Report on the lunatic asylums in Bengal - 1862-
Year: 1862
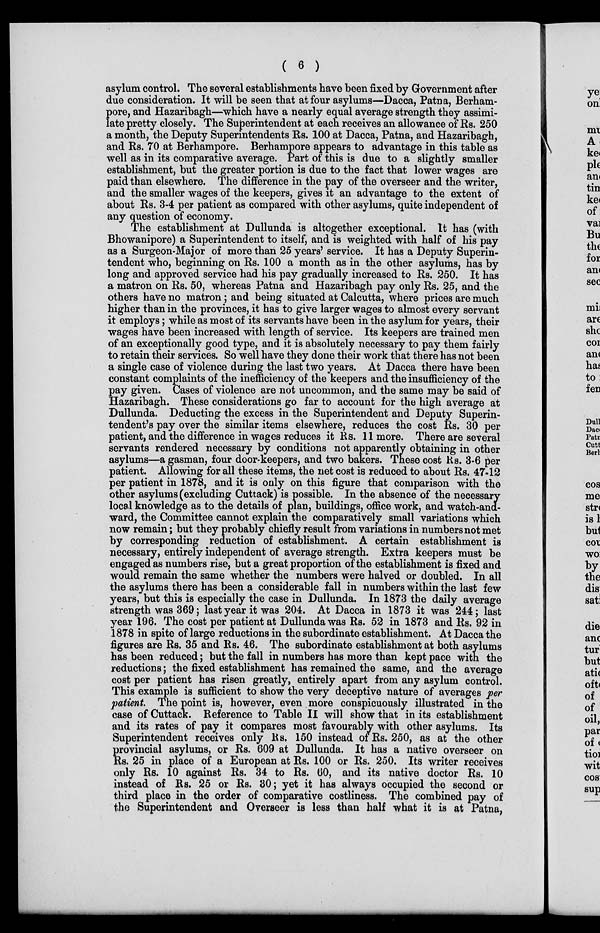
( 6 )
asylum control. The several establishments have been fixed by Government after
due consideration. It will be seen that at four asylums—Dacca, Patna, Berham-
pore, and Hazaribagh—which have a nearly equal average strength they assimi-
late pretty closely. The Superintendent at each receives an allowance of Rs. 250
a month, the Deputy Superintendents Rs. 100 at Dacca, Patna, and Hazaribagh,
and Rs. 70 at Berhampore. Berhampore appears to advantage in this table as
well as in its comparative average. Part of this is due to a slightly smaller
establishment, but the greater portion is due to the fact that lower wages are
paid than elsewhere. The difference in the pay of the overseer and the writer,
and the smaller wages of the keepers, gives it an advantage to the extent of
about Rs. 3-4 per patient as compared with other asylums, quite independent of
any question of economy.
The establishment at Dullunda is altogether exceptional. It has (with
Bhowanipore) a Superintendent to itself, and is weighted with half of his pay
as a Surgeon-Major of more than 25 years' service. It has a Deputy Superin-
tendent who, beginning on Rs. 100 a month as in the other asylums, has by
long and approved service had his pay gradually increased to Rs. 250. It has
a matron on Rs. 50, whereas Patna and Hazaribagh pay only Rs. 25, and the
others have no matron; and being situated at Calcutta, where prices are much
higher than in the provinces, it has to give larger wages to almost every servant
it employs; while as most of its servants have been in the asylum for years, their
wages have been increased with length of service. Its keepers are trained men
of an exceptionally good type, and it is absolutely necessary to pay them fairly
to retain their services. So well have they done their work that there has not been
a single case of violence during the last two years. At Dacca there have been
constant complaints of the inefficiency of the keepers and the insufficiency of the
pay given. Cases of violence are not uncommon, and the same may be said of
Hazaribagh. These considerations go far to account for the high average at
Dullunda. Deducting the excess in the Superintendent and Deputy Superin-
tendent's pay over the similar items elsewhere, reduces the cost Rs. 30 per
patient, and the difference in wages reduces it Rs. 11 more. There are several
servants rendered necessary by conditions not apparently obtaining in other
asylums—a gasman, four door-keepers, and two bakers. These cost Rs. 3-6 per
patient. Allowing for all these items, the net cost is reduced to about Rs. 47-12
per patient in 1878, and it is only on this figure that comparison with the
other asylums (excluding Cuttack) is possible. In the absence of the necessary
local knowledge as to the details of plan, buildings, office work, and watch-and-
ward, the Committee cannot explain the comparatively small variations which
now remain; but they probably chiefly result from variations in numbers not met
by corresponding reduction of establishment. A certain establishment is
necessary, entirely independent of average strength. Extra keepers must be
engaged as numbers rise, but a great proportion of the establishment is fixed and
would remain the same whether the numbers were halved or doubled. In all
the asylums there has been a considerable fall in numbers within the last few
years, but this is especially the case in Dullunda. In 1873 the daily average
strength was 369; last year it was 204. At Dacca in 1873 it was 244; last
year 196. The cost per patient at Dullunda was Rs. 52 in 1873 and Rs. 92 in
1878 in spite of large reductions in the subordinate establishment. At Dacca the
figures are Rs. 35 and Rs. 46. The subordinate establishment at both asylums
has been reduced; but the fall in numbers has more than kept pace with the
reductions; the fixed establishment has remained the same, and the average
cost per patient has risen greatly, entirely apart from any asylum control.
This example is sufficient to show the very deceptive nature of averages per
patient. The point is, however, even more conspicuously illustrated in the
case of Cuttack. Reference to Table II will show that in its establishment
and its rates of pay it compares most favourably with other asylums. Its
Superintendent receives only Rs. 150 instead of Rs. 250, as at the other
provincial asylums, or Rs. 609 at Dullunda. It has a native overseer on
Rs. 25 in place of a European at Rs. 100 or Rs. 250. Its writer receives
only Rs. 10 against Rs. 34 to Rs. 60, and its native doctor Rs. 10
instead of Rs. 25 or Rs. 30; yet it has always occupied the second or
third place in the order of comparative costliness. The combined pay of
the Superintendent and Overseer is less than half what it is at Patna,